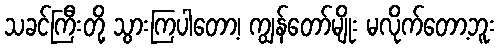
သခင်ကြီးတို့ သွားကြပါတော့၊ ကျွန်တော်မျိုး မလိုက်တော့ဘူး